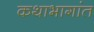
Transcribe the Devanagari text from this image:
कथाभागांत